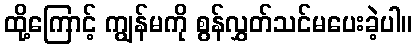
ထို့ကြောင့် ကျွန်မကို စွန်လွှတ်သင်မပေးခဲ့ပါ။